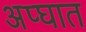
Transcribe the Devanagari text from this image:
अप्घात